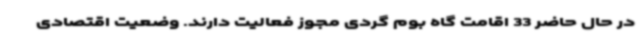
در حال حاضر 33 اقامت گاه بوم گردی مجوز فعالیت دارند. وضعیت اقتصادی